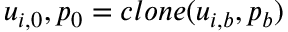
u _ { i , 0 } , p _ { 0 } = c l o n e ( u _ { i , b } , p _ { b } )